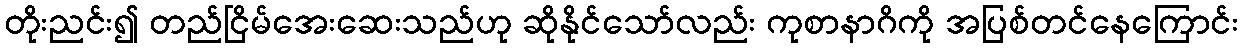
တိုးညင်း၍ တည်ငြိမ်အေးဆေးသည်ဟု ဆိုနိုင်သော်လည်း ကုစာနာဂိကို အပြစ်တင်နေကြောင်း